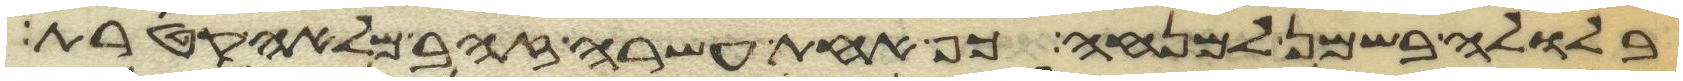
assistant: בלולה בשמן למנחה כף אחת עשרה זהב מלאה קטרת